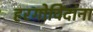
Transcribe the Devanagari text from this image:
हरगोविंदांना